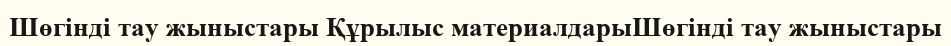
Шөгінді тау жыныстары Құрылыс материалдарыШөгінді тау жыныстары